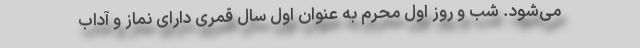
می‌شود. شب و روز اول محرم به عنوان اول سال قمری دارای نماز و آداب